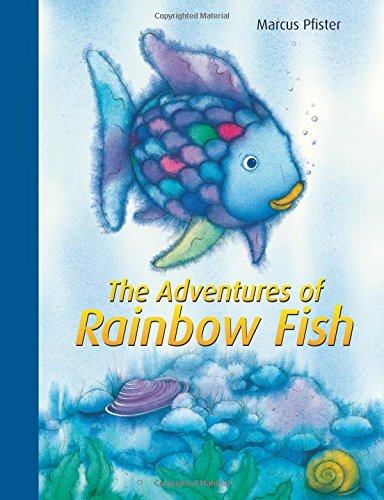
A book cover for The Adventures of Rainbow Fish: A Collection (The Rainbow Fish); Marcus Pfister; Children's Books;